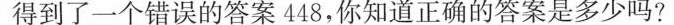
得到了一个错误的答案448，你知道正确的答案是多少吗?